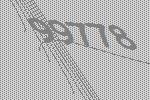
99778